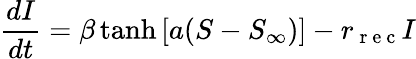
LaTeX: \frac{dI}{dt}=\beta\operatorname{tanh}{\left[a(S-S_{\infty})\right]}-r_{\mathrm{~r~e~c~}}I